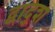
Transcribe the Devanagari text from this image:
द्वाद्श